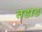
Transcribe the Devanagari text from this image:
तडाड